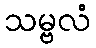
သမ္ဗလံ